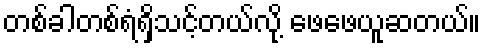
တစ်ခါတစ်ရံရှိသင့်တယ်လို့ ဖေဖေယူဆတယ်။